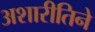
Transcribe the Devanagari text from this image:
अशारीतिने